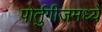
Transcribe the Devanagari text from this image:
पोर्तुगीजमध्ये